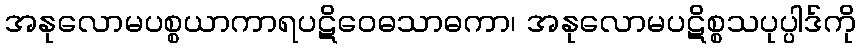
အနုလောမပစ္စယာကာရပဋိဝေဓသာဓကာ၊ အနုလောမပဋိစ္စသပုပ္ပါဒ်ကို